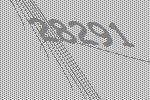
28291